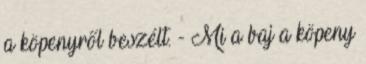
a köpenyről beszélt. - Mi a baj a köpeny